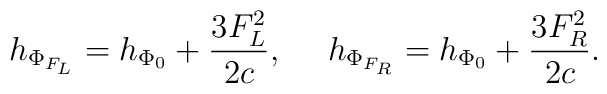
h_{\Phi_{F_L}}=h_{\Phi_0}+{{3F^2_L}\over{2c}},\ \ \ \ h_{\Phi_{F_R}}=h_{\Phi_0}+{{3F^2_R}\over{2c}}.